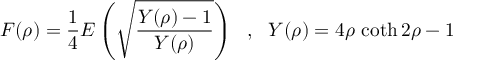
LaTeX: F ( \rho ) = \frac { 1 } { 4 } E \left( \sqrt { \frac { Y ( \rho ) - 1 } { Y ( \rho ) } } \right) ~ ~ , ~ ~ Y ( \rho ) = 4 \rho \, \coth 2 \rho - 1